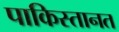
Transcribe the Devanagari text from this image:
पाकिस्तानत